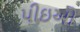
પીઇઓ